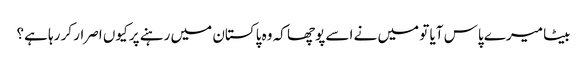
بیٹا میرے پاس آیا تو میں نے اسے پوچھا کہ وہ پاکستان میں رہنے پر کیوں اصرار کر رہا ہے؟